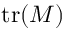
\mathrm { t r } ( M )